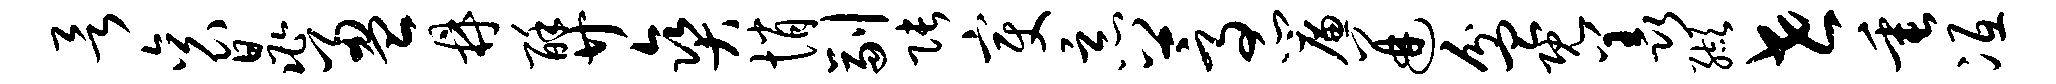
欲衮晁盈鼎酥廿爽悄副张变恶蒿帘迸盆既羡缬世垂冱